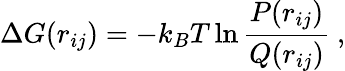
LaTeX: \Delta G(r_{ij})=-k_{B}T\ln\frac{P(r_{ij})}{Q(r_{ij})}~,